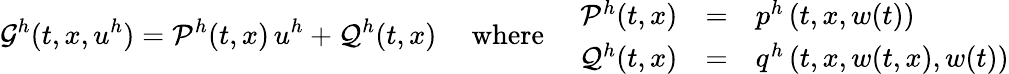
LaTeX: \mathcal{G}^{h}(t,x,u^{h})=\mathcal{P}^{h}(t,x)\, u^{h}+\mathcal{Q}^{h}(t,x)\quad\mathrm{~where~}\quad\begin{array}{rcl}{\mathcal{P}^{h}(t,x)}&{=}&{p^{h}\left(t,x,w(t)\right)}\\ {\mathcal{Q}^{h}(t,x)}&{=}&{q^{h}\left(t,x,w(t,x),w(t)\right)}\end{array}